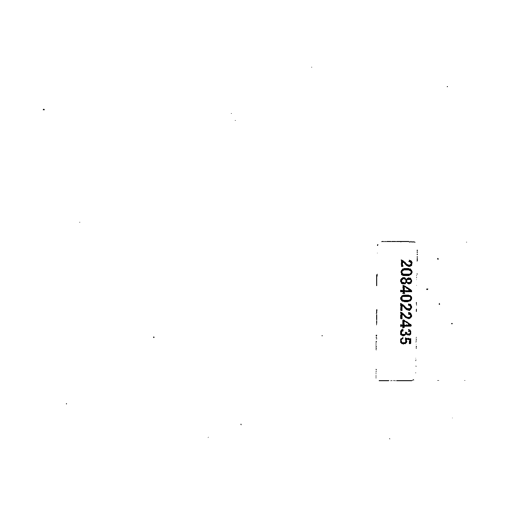
2084022435